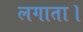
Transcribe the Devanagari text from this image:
लगाता।